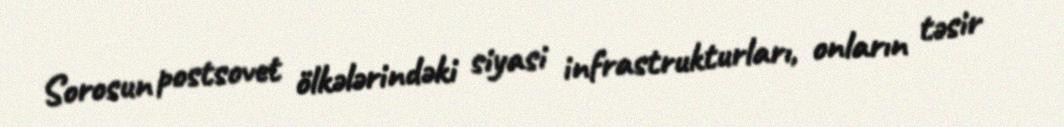
Sorosun postsovet ölkələrindəki siyasi infrastrukturları, onların təsir